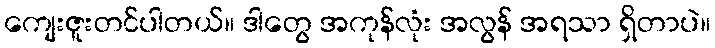
ကျေးဇူးတင်ပါတယ်။ ဒါတွေ အကုန်လုံး အလွန် အရသာ ရှိတာပဲ။